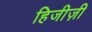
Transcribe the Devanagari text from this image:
हिजीज़ी